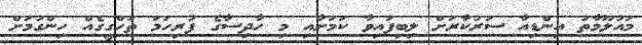
މައުލޫމާތު އިންޑިއާ ސަރުކާރަށް ލިބިފައިވާ ކަމަށާއި މި ހާދިސާގެ ފުރިހަމަ ތަހްގީގެއް ހިންގުމަށް